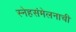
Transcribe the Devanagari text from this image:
स्नेहसंमेलनाची